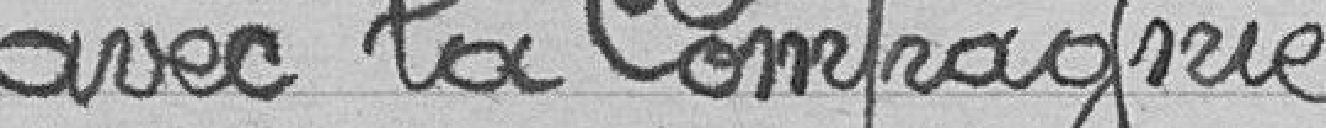
avec la Compagnie